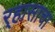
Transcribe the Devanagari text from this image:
र्‍हासाचा